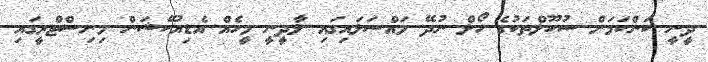
ދީނީ ކަންކަމަށް ސުކޫލްތަކުގެ ހޯލް ނުދޭ މައްސަލައިގައި ލާދީނީ މީހެއް އެޑިއުކޭޝަން މިިނިސްޓްރީގައި